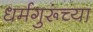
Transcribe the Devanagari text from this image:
धर्मगुरूंच्या